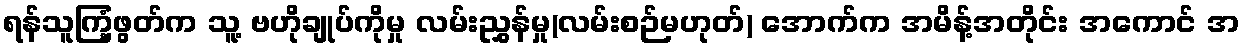
ရန်သူကြံ့ဖွတ်က သူ့ ဗဟိုချုပ်ကိုမှု လမ်းညွှန်မှု(လမ်းစဉ်မဟုတ်) အောက်က အမိန့်အတိုင်း အကောင် အ